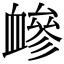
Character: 𧗋